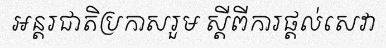
អន្តរជាតិប្រកាសរួម ស្តីពីការផ្តល់សេវា